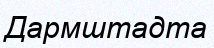
Дармштадта